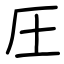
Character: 圧